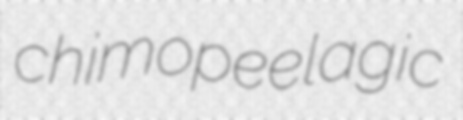
chimopeelagic